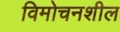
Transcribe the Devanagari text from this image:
विमोचनशील